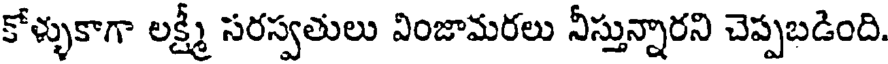
కోళ్ళుకాగా లక్ష్మీ సరస్వతులు వింజామరలు నీస్తున్నారని చెప్పబడింది.